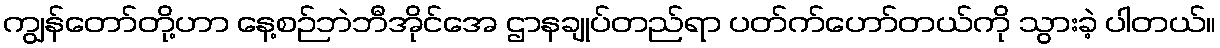
ကျွန်တော်တို့ဟာ နေ့စဉ်ဘဲဘီအိုင်အေ ဌာနချုပ်တည်ရာ ပတ်က်ဟော်တယ်ကို သွားခဲ့ ပါတယ်။